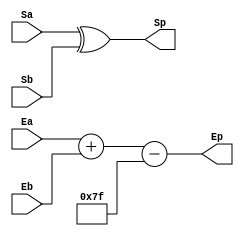
`timescale 1ns / 1ps

//////////////////////////////////////////////////////////////////////////////////
//
// Module Name:    FPMult_ESExecuteModule 
// Project Name: 	 Floating Point Project
//
//////////////////////////////////////////////////////////////////////////////////

module FPMult_ESExecuteModule(
		Ea,
		Eb,
		Sa,
		Sb,
		Ep,
		Sp
    );

	// Input Ports
	input [7:0] Ea ;						// A's exponent
	input [7:0] Eb ;						// B's exponent
	input Sa ;								// A's sign
	input Sb ;								// B's sign
	
	// Output ports
	output [8:0] Ep ;						// The product exponent
	output Sp ;								// Product sign
	
	assign Ep = (Ea + Eb - 127) ;		// Adding the exponents (adjusting for double bias)
	
	assign Sp = (Sa ^ Sb) ;				// Equal signs give a positive product

endmodule